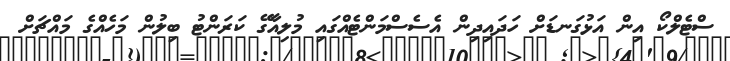
ސްޓެލްކޯ އިން އަޅުގަނޑަށް ހަދައިދިން އެސެސްމަންޓެއްގައި މުލިއާގޭ ކަރަންޓު ބިލުން މަހެއްގެ މައްޗަށް